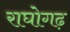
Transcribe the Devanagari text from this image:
राघोगढ़